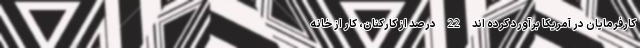
کارفرمایان در آمریکا برآورد کرده اند 22 درصد از کارکنان، کار از خانه